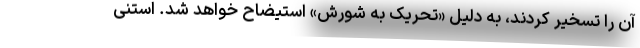
آن را تسخیر کردند، به دلیل «تحریک به شورش» استیضاح خواهد شد. استنی